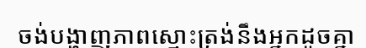
ចង់បង្ហាញភាពស្មោះត្រង់នឹងអ្នកដូចគ្នា